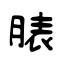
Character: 脿